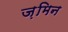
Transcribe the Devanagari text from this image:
ज़मिन